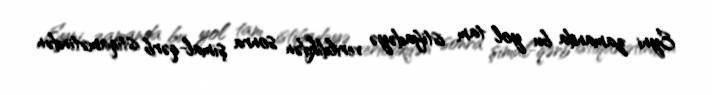
Eyni zamanda bu yol tam istifadəyə verildikdən sonra şimal-qərb istiqamətindən